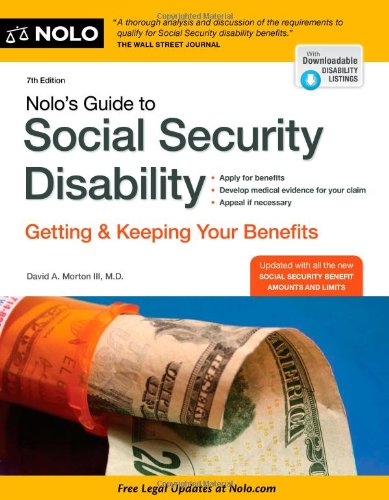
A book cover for Nolo's Guide to Social Security Disability: Getting and Keeping Your Benefits; David A. Morton III; Business & Money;